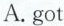
A. got